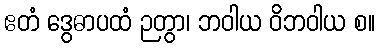
ဧတံ ဒွေဓာပထံ ဉတွာ၊ ဘဝါယ ဝိဘဝါယ စ။